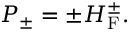
{ \cal P } _ { \pm } = \pm { \cal H } _ { \mathrm { F } } ^ { \pm } .